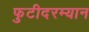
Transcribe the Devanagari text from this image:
फुटीदरम्यान